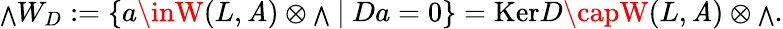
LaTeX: {{\scriptstyle\bigwedge}}W_{D}:=\{ a\inW(L,{\cal\mathit{A}})\otimes{\scriptstyle\bigwedge}\ |\ Da=0\} =\mathrm{{Ker}}D\capW(L,{\cal\mathit{A}})\otimes{\scriptstyle\bigwedge}.